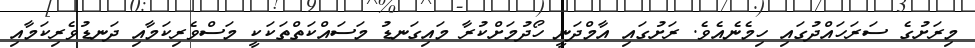
މިރަށުގެ ސަރަހައްދުގައި ހިމެނެއެވެ. ރަށުގައި އާމްދަނީ ހޯދުމަށްކުރާ މައިގަނޑު މަސައްކަތްތަކަކީ މަސްވެރިކަމާއި ދަނޑުވެރިކަމާއި